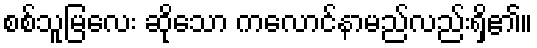
စစ်သူမြလေး ဆိုသော ကလောင်နာမည်လည်းရှိ၏။